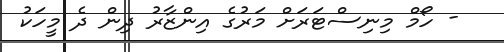
- ހޯމް މިނިސްޓަރަށް މަރުގެ އިންޒާރު ދިން ދެ މީހަކު